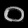
Digit: ၀